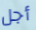
أجل